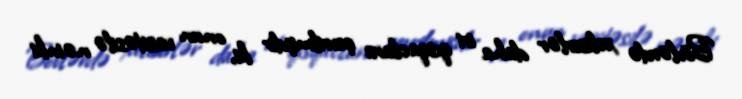
Bövlərdə xeliserlər daha iri qısqaclara çevrilmişdir ki, onun vasitəsilə nəinki